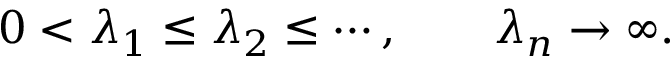
0 < \lambda _ { 1 } \leq \lambda _ { 2 } \leq \cdots , \qquad \lambda _ { n } \to \infty .